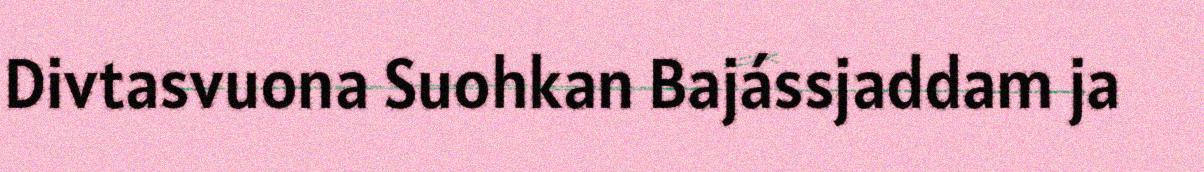
Divtasvuona Suohkan Bajássjaddam ja